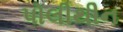
પોલીથીન